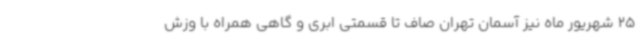
25 شهریور ماه نیز آسمان تهران صاف تا قسمتی ابری و گاهی همراه با وزش